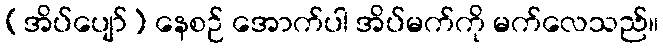
(အိပ်ပျော်) နေစဉ် အောက်ပါ အိပ်မက်ကို မက်လေသည်။